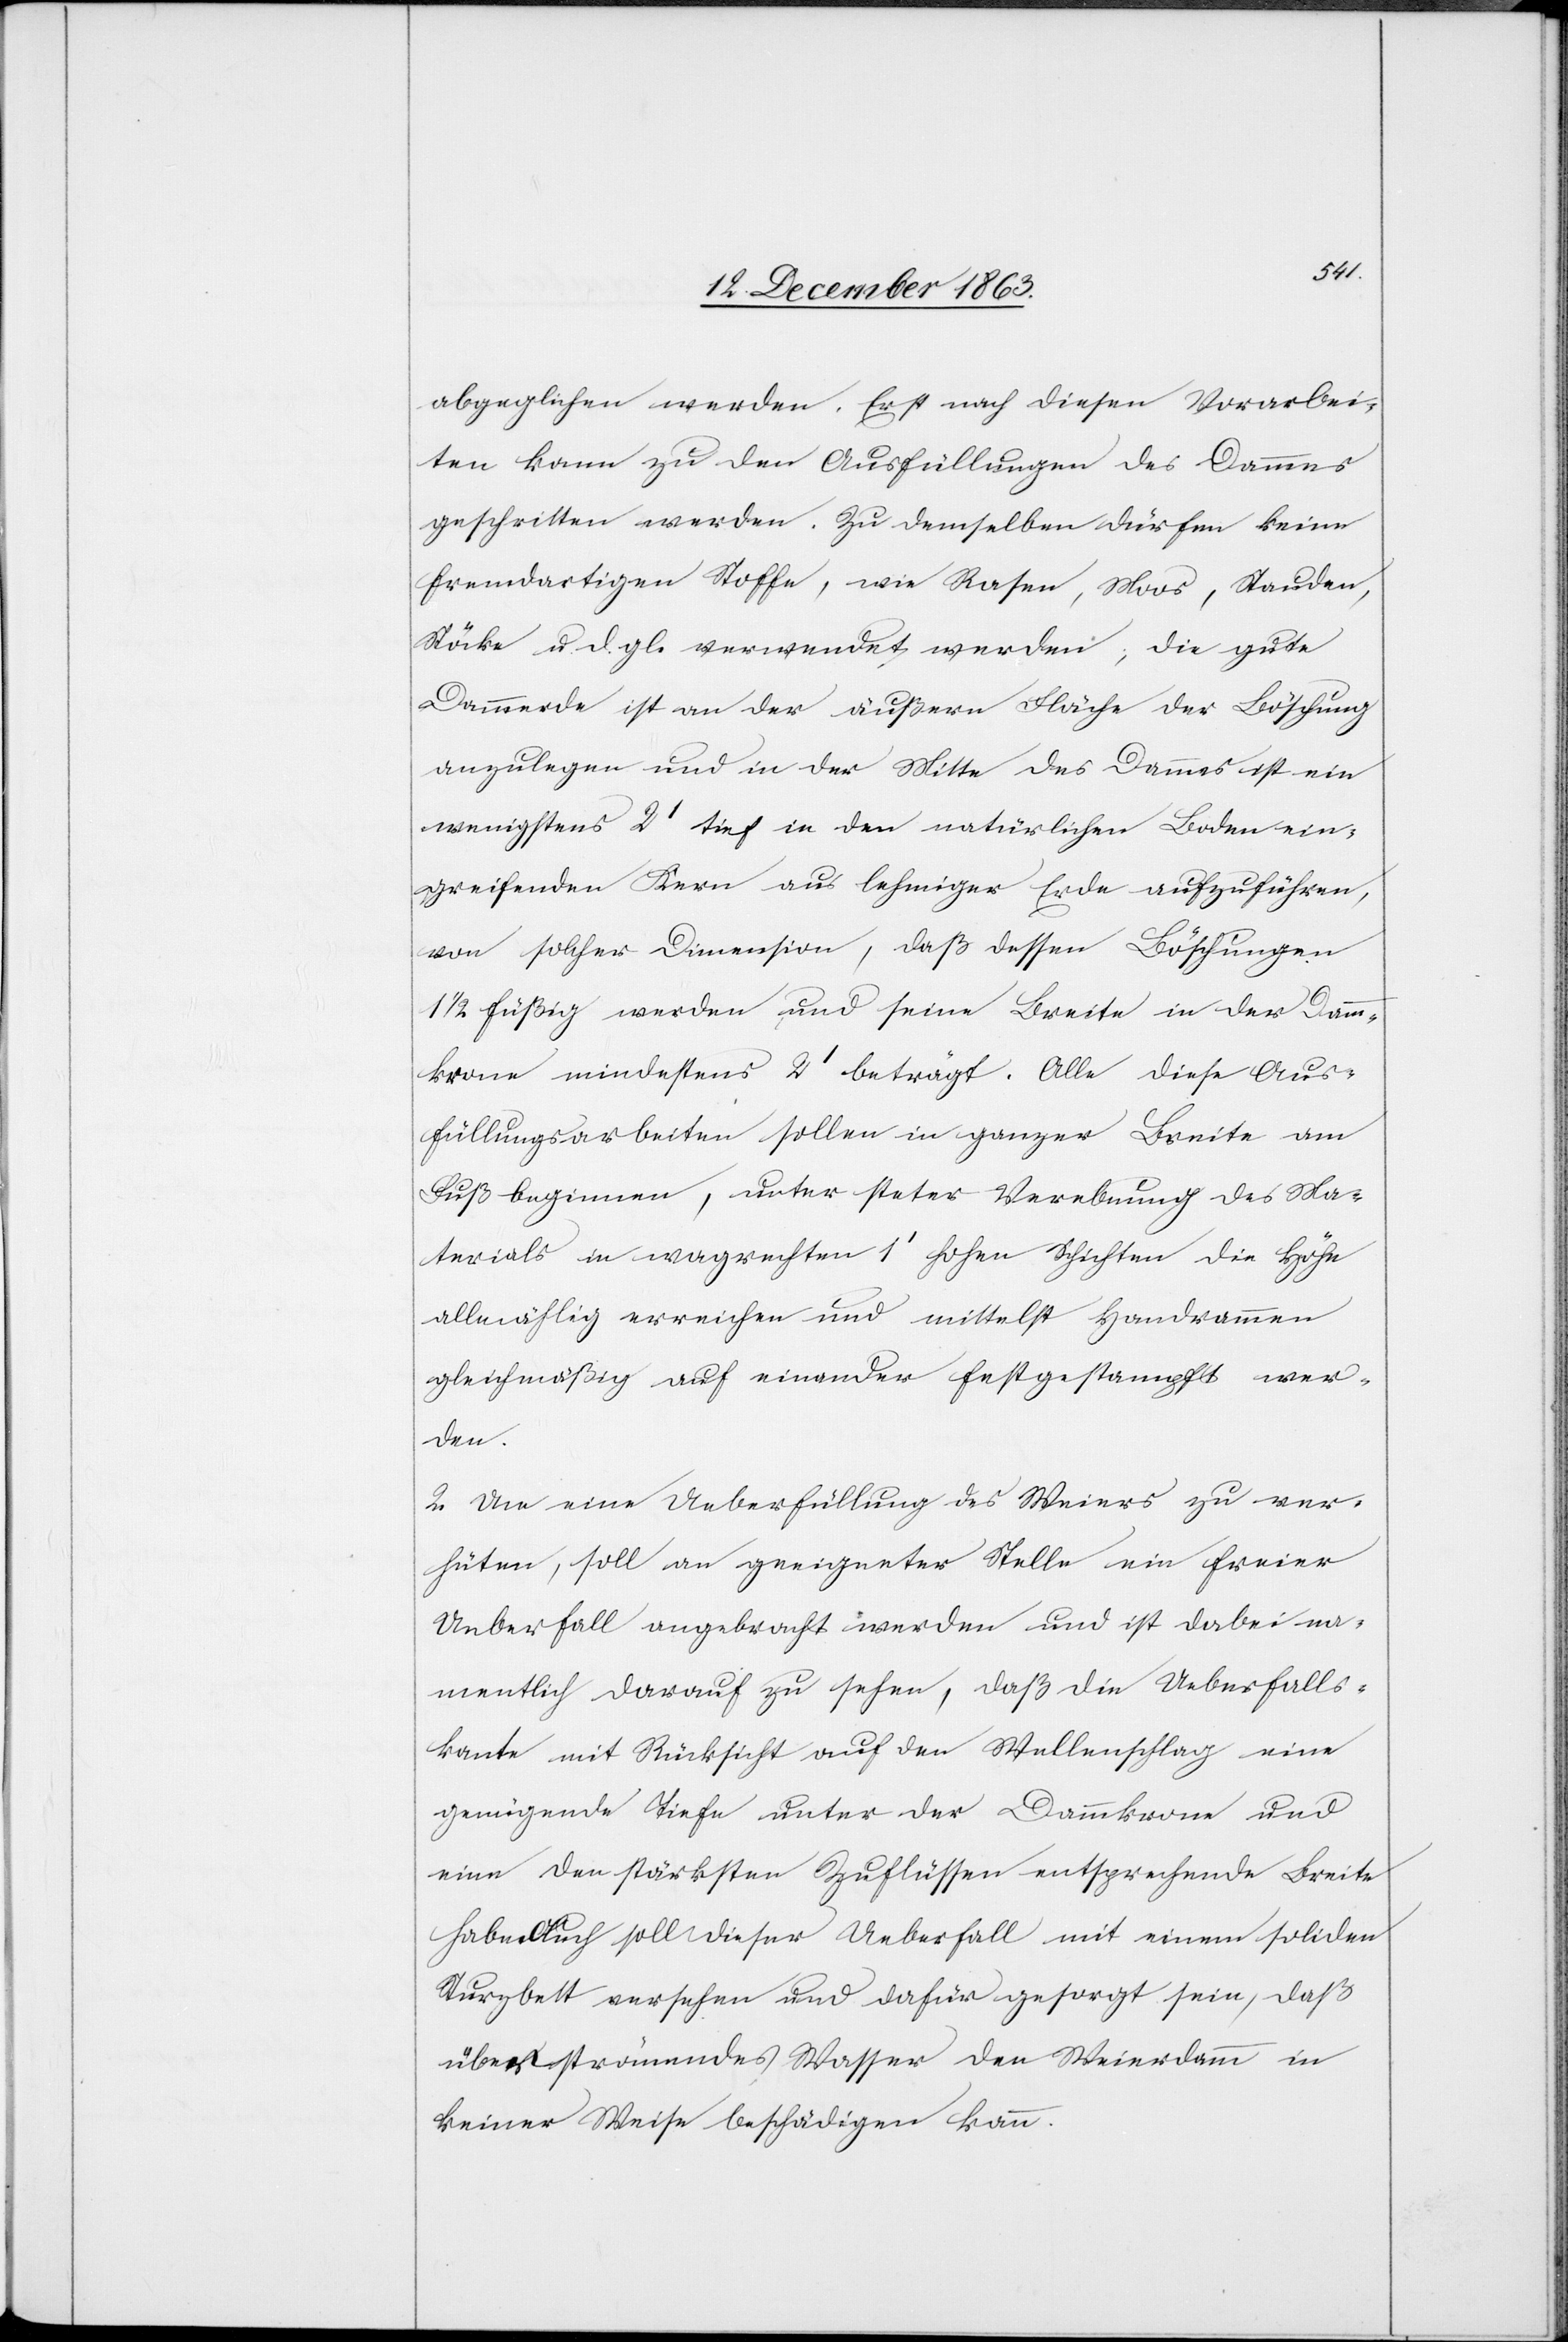
abgeglichen werden. Erst nach diesen Vorarbei¬
ten kann zu den Ausfüllungen des Dammes
geschritten werden. Zu demselben dürfen keine
fremdartigen Stoffe, wie Rasen, Moos, Stauden,
Stöcke u. d. gl. verwendet werden, die gute
Dammerde ist an der äußern Fläche der Böschung
anzulegen und in der Mitte des Dammes ist ein
wenigstens 2' tief in den natürlichen Boden ein¬
greifenden Kern aus lehmiger Erde aufzuführen,
von solcher Dimension, daß dessen Böschungen
1/2 füßig werden und seine Breite in der Damm¬
krone mindestens 2' beträgt. Alle diese Aus¬
füllungsarbeiten sollen in ganzer Breite am
Fuß beginnen, unter steter Verebnung des Ma¬
terials in wagrechten 1' hohen Schichten die Höhe
allmählig erreichen und mittelst Handrammen
gleichmäßig auf einander festgestampft wer¬
den.
2. Um eine Ueberfüllung des Weiers zu ver¬
hüten, soll an geeigneter Stelle ein freier
Ueberfall angebracht werden und ist dabei na¬
mentlich darauf zu sehen, daß die Ueberfalls¬
kante mit Rücksicht auf den Wellenschlag eine
genügende Tiefe unter der Dammkrone und
eine den stärksten Zuflüssen entsprechende Breite
habe. Auch soll dieser Ueberfall mit einem soliden
Sturzbett versehen und dafür gesorgt sein, daß
überströmendes Wasser den Weierdamm in
keiner Weise beschädigen kann.